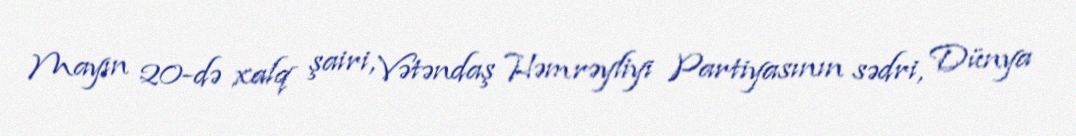
Mayın 20-də xalq şairi, Vətəndaş Həmrəyliyi Partiyasının sədri, Dünya